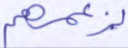
بزعمهم